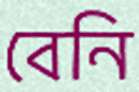
বেনি